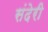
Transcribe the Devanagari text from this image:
संदेरी